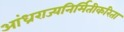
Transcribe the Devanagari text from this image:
आंध्रराज्यनिर्मितीकरिता